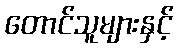
တောင်သူများနှင့်